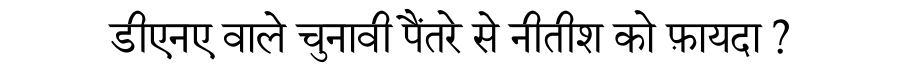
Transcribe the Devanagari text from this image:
डीएनए वाले चुनावी पैंतरे से नीतीश को फ़ायदा ?